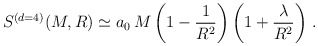
\begin{align*}S^{(d=4)} (M,R) \simeq a_0 \, M \left( 1 - \frac{1}{R^2} \right) \left(1 + \frac{\lambda}{R^2} \right) \, . \end{align*}